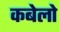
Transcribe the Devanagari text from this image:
कबेलो